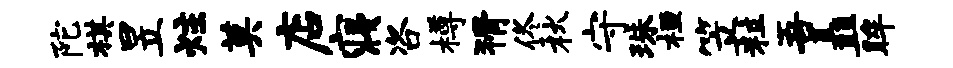
陀棋昱炷莫店寝咨樽猾佟秋守珠桓笠粒吾矗眸